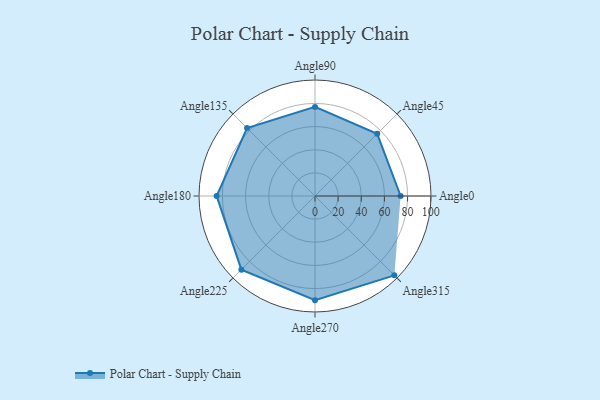
{"axis": {"x": "Angle", "y": "Radius"}, "legend": [""], "data": [{"x": "Angle0", "y": 74.0, "type": ""}, {"x": "Angle45", "y": 76.0, "type": ""}, {"x": "Angle90", "y": 77.0, "type": ""}, {"x": "Angle135", "y": 83.0, "type": ""}, {"x": "Angle180", "y": 85.0, "type": ""}, {"x": "Angle225", "y": 90.0, "type": ""}, {"x": "Angle270", "y": 90.0, "type": ""}, {"x": "Angle315", "y": 97.0, "type": ""}]}